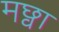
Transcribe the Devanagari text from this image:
मछ्वा